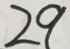
2 9